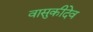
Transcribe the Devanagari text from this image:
वासुकीदेव